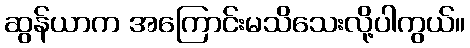
ဆွန်ယာက အကြောင်းမသိသေးလို့ပါကွယ်။